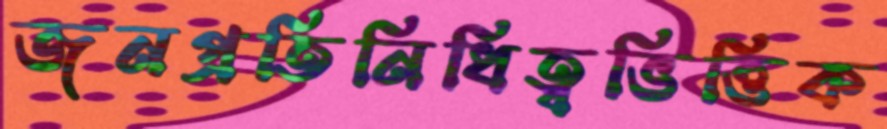
জনপ্রতিনিধিত্বভিত্তিক